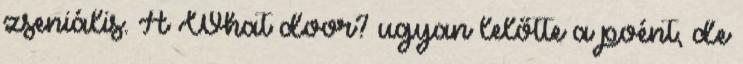
zseniális. A What door? ugyan lelőtte a poént, de